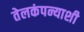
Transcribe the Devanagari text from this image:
तेलकंपन्याशी